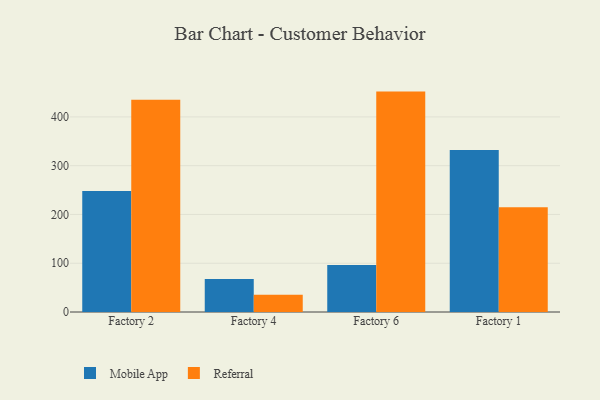
{"axis": {"x": "Factory", "y": "Demand Index"}, "legend": ["Mobile App", "Referral"], "data": [{"x": "Factory 2", "y": 247.9, "type": "Mobile App"}, {"x": "Factory 2", "y": 435.0, "type": "Referral"}, {"x": "Factory 4", "y": 67.7, "type": "Mobile App"}, {"x": "Factory 4", "y": 35.2, "type": "Referral"}, {"x": "Factory 6", "y": 96.4, "type": "Mobile App"}, {"x": "Factory 6", "y": 451.9, "type": "Referral"}, {"x": "Factory 1", "y": 332.3, "type": "Mobile App"}, {"x": "Factory 1", "y": 214.7, "type": "Referral"}]}